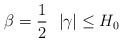
LaTeX: \begin{align*}\beta =\frac12 \ \ |\gamma|\le H_0\end{align*}